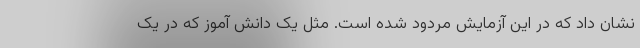
نشان داد که در این آزمایش مردود شده است. مثل یک دانش آموز که در یک